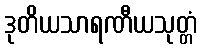
ဒုတိယသာရဏီယသုတ္တံ